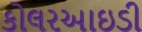
કોલરઆઇડી